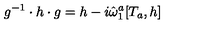
g ^ { - 1 } \cdot h \cdot g = h - i \hat { \omega } _ { 1 } ^ { a } [ T _ { a } , h ]